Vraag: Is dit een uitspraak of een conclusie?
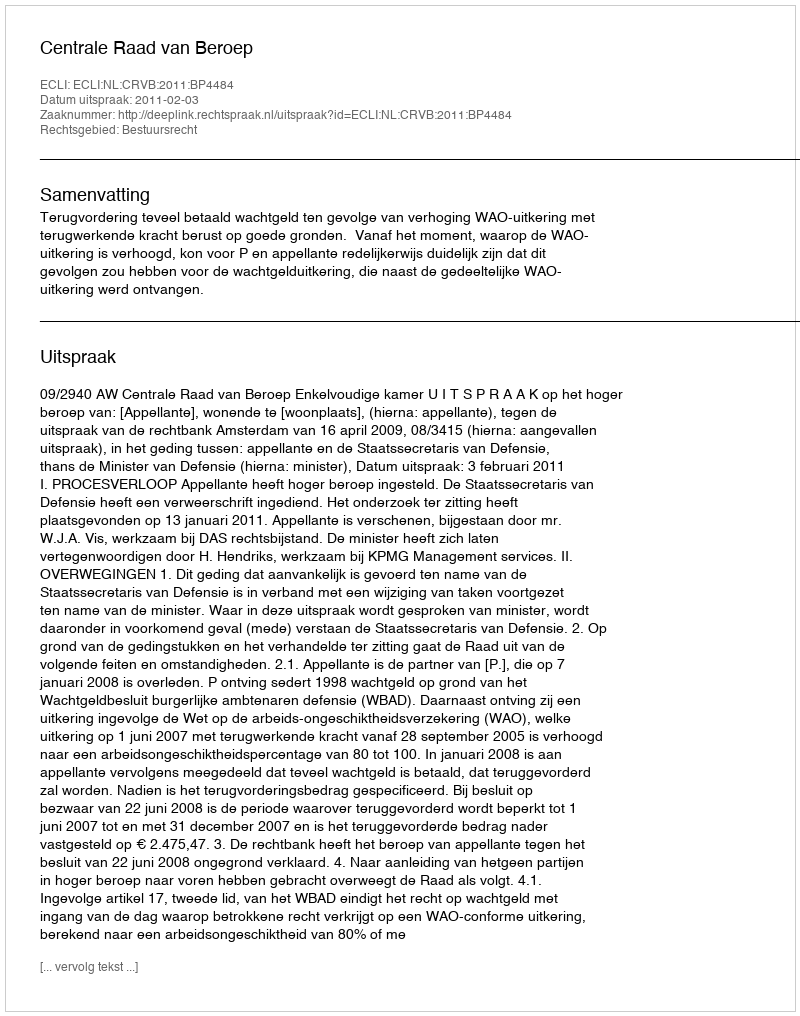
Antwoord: Uitspraak